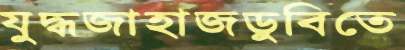
যুদ্ধজাহাজডুবিতে